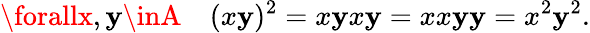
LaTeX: \forallx,\mathbf{y}\inA\quad(x\mathbf{y})^{2}=x\mathbf{y}x\mathbf{y}=xx\mathbf{y}\mathbf{y}=x^{2}\mathbf{y}^{2}.